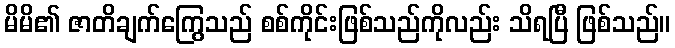
မိမိ၏ ဇာတိချက်ကြွေသည် စစ်ကိုင်းဖြစ်သည်ကိုလည်း သိရပြီ ဖြစ်သည်။